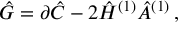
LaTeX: \hat { G } = \partial \hat { C } - 2 \hat { H } ^ { ( 1 ) } \hat { A } ^ { ( 1 ) } \, ,